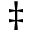
\ddagger